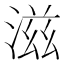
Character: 滋